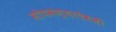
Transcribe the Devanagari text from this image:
सोपवण्याऐवजी